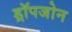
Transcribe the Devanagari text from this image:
ड्रॉपजोन